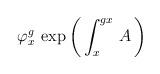
LaTeX: \begin{align*}\varphi^g_x \, \exp \left( \, \int^{gx}_x \, A \, \right)\end{align*}